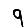
Digit: 9